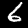
Label: 6